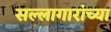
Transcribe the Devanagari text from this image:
सल्लागारांच्या